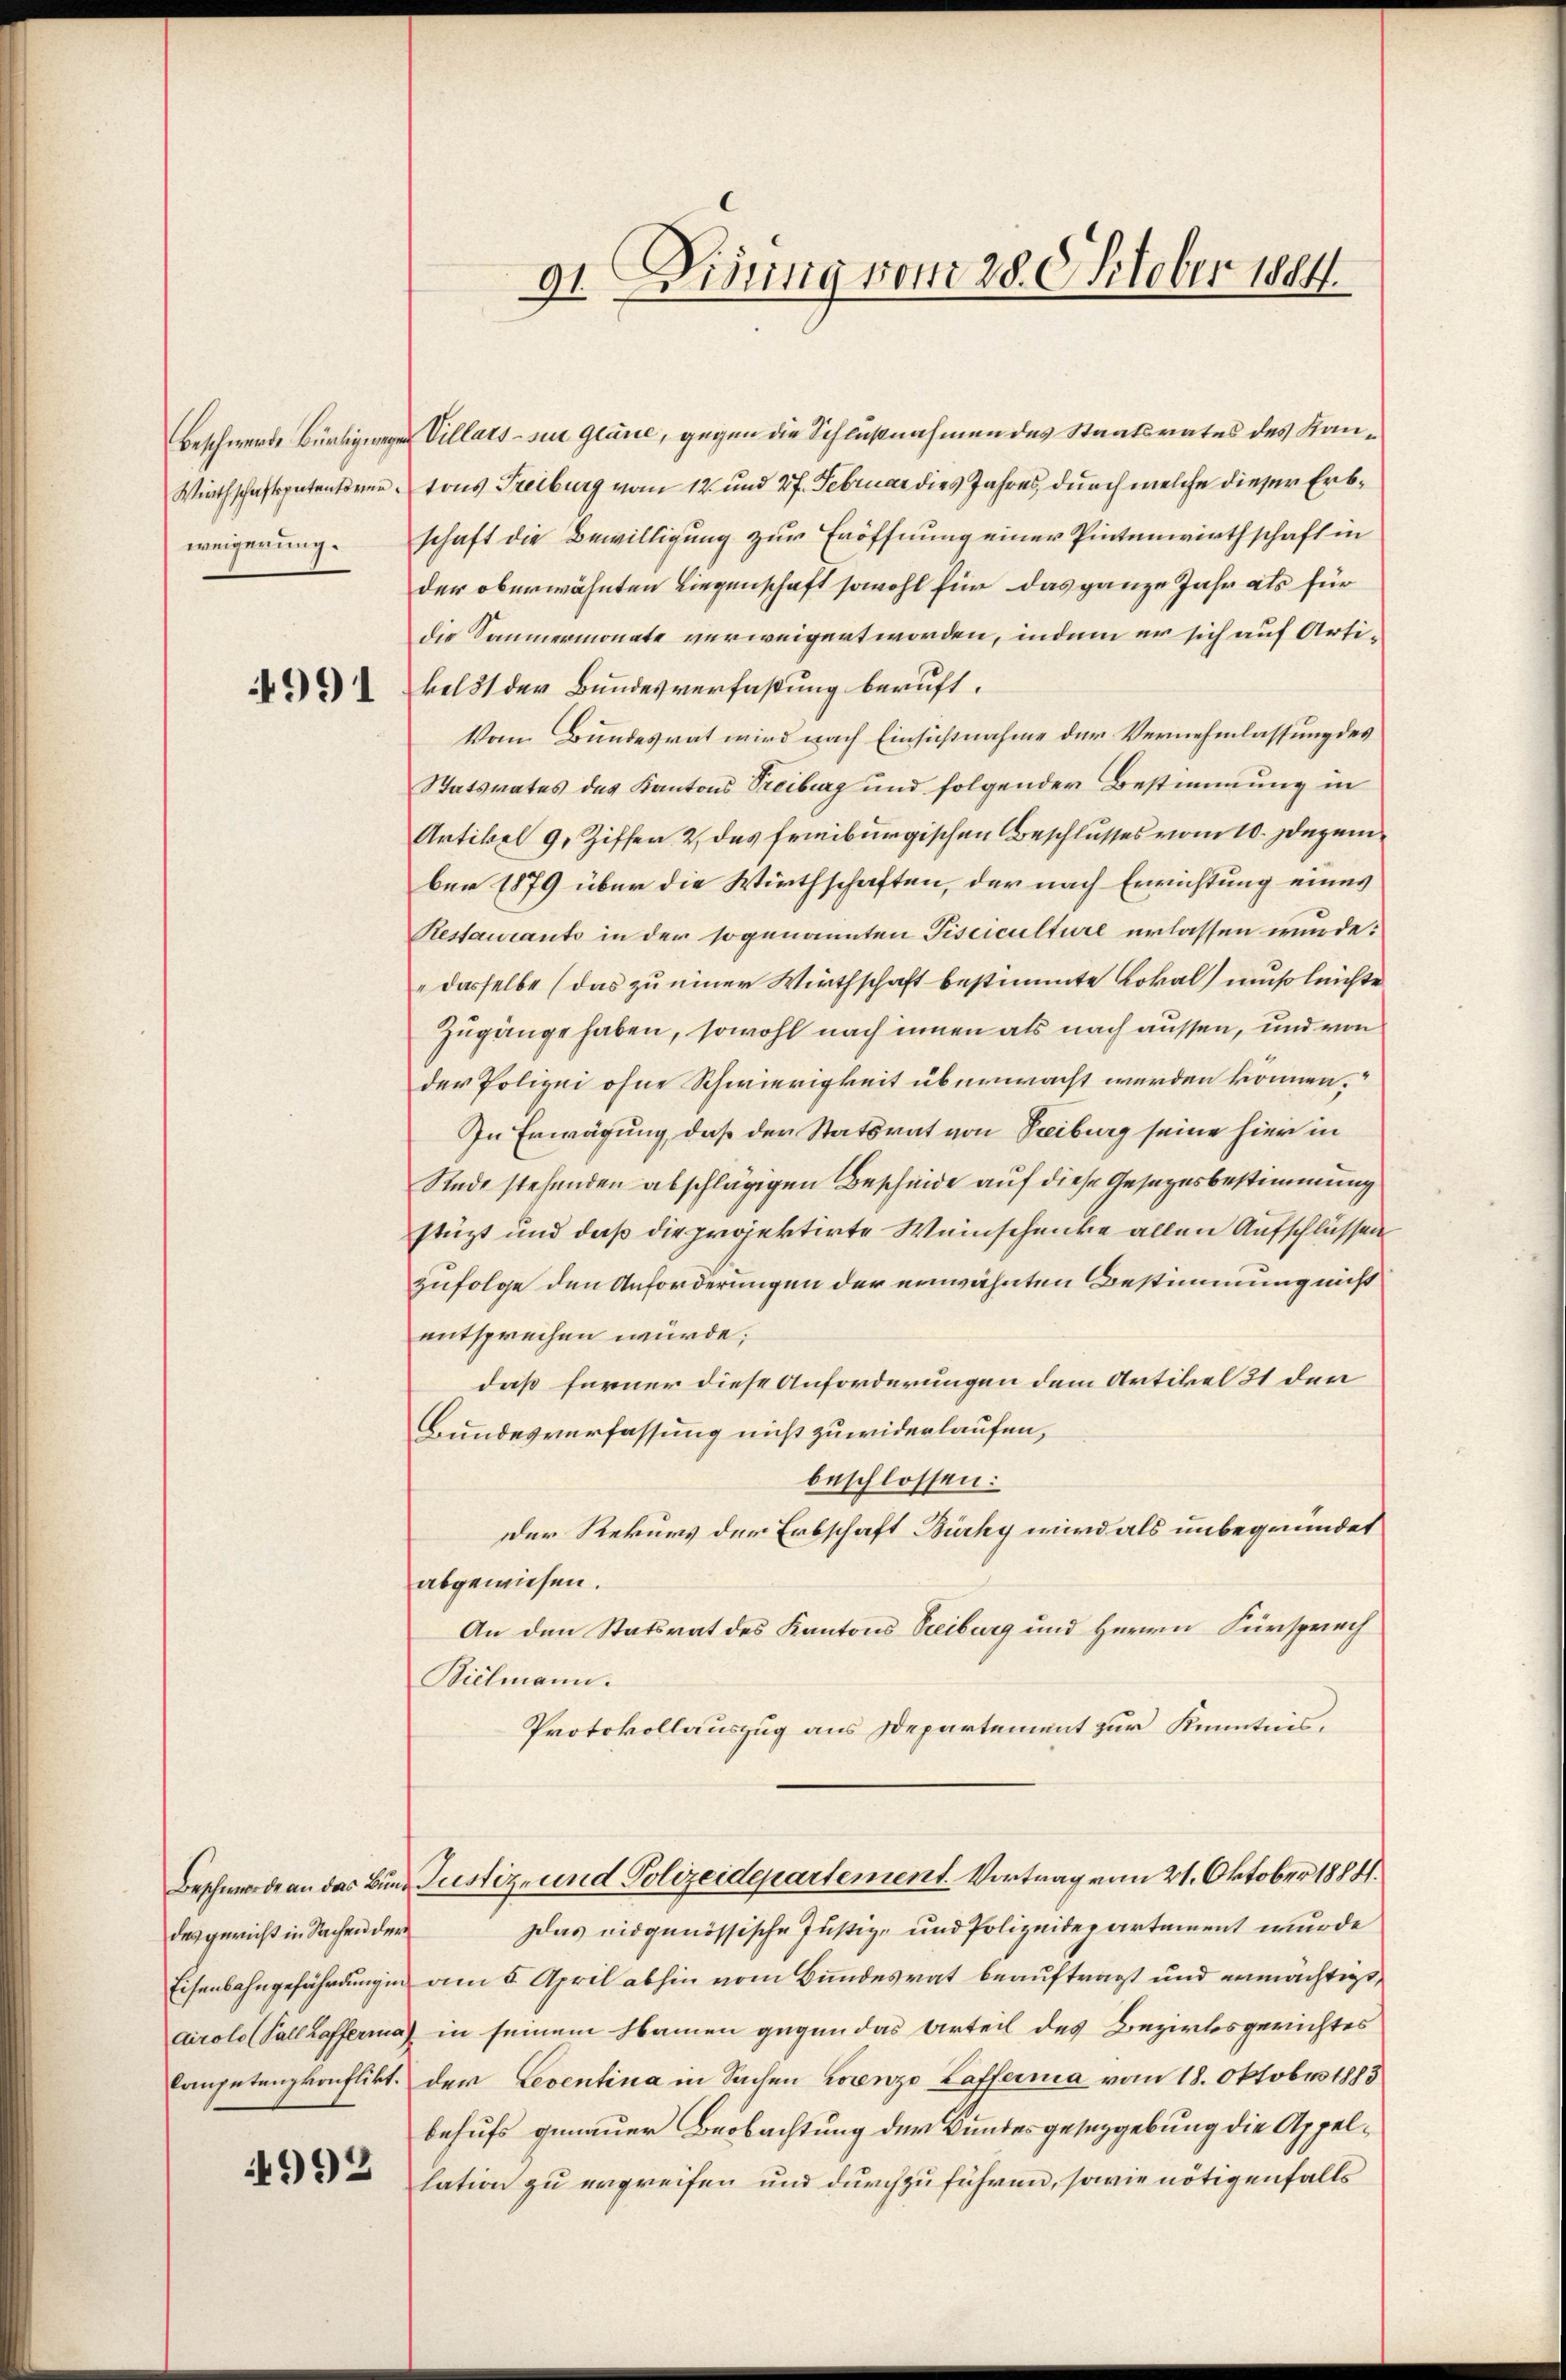
Beschwerde Bürtig wegen
Wirthschaftspatenten.
weigerung.

991

des gericht in Sachen der

4992

91. Disung vom 28. Oktober 1884.

Villats - sie gläne, gegen die Schlußnahmen des Staatsrates des Kantons Treiburg vom 12. und 27. Februar dies Jahres, durch welche dieser Erbschaft die Bewilligung zur Eröffnung einer Pintenwirthschaft in
der oberwähnten Liegenschaft sowohl für das ganze Jahr als für
die Sammermonate verweigert worden, indem er sich auf Artikel 31 der Bundesverfaßung beruft.
Vom Bundesrat wird nach Einsichtnahme der Vernehmlassung des
Statsrates des Kantons Treiburg und folgender Bestimmung in
Artikel 9, Ziffer, 2 des freiburgischen Beschlusses vom 10. Dezember 1879 über die Wirthschaften, der nach Errichtung eines
Restaurants in der sogenannten Fisciculture erlassen wurde:
dasselbe (das zu einer Wirthschaft bestimmte Lokal muß leichte
Zugänge haben, sowohl nach innen als nach aussen, und von
der Polizei ohne Schwierigkeit überwacht werden können.“
In Erwägung, daß der Statsrat von Steiburg seine hier in
Rede stehenden abschlägigen Bescheide auf diese Gesetzesbestimmung
stüzt und daß die projektirte Weinschenke allen Aufschlüssen
zufolge den Anforderungen der erwähnten Bestimmung nicht
entsprechen würde.
daß fürner diese Anforderungen dem Artikel 31 den
Bundesverfassung nicht zuwiderlaufen,
beschlossen:
Der Rekurs der Erbschaft Bürky wird als unbegründet
abgewiesen.
An den Statsrat des Kantons Treiburg und Herrn Fürsprech
Bielmann.
Protokollauszug aus Departement zur Kenntnis.
Beschwerde an das Bund Justiz- und Polizeidepartement. Vortrag vom 21. Oktober 1884.
Das eidgenössische Justiz- und Polizeidepartement wurde
Eisenbahngefährdung in am 5. April abhin vom Bundesrat beauftragt und ermächtigt,
Airolo (Vallrofferma) in seinem Namen gegen das Urteil des Bezirksgerichtes
Competenzkonflikt der Leventina in Sachen Lorenzo Laffernia vom 18. Oktober 1883
behufs genauer Beobachtung der Bundesgesetzgebung die Appellation zu ergreifen und durchzuführen, sowie nötigenfalls